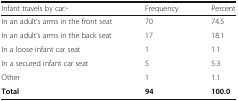
| Infant travels by car:- | Frequency | Percent |
 | --- | --- | --- |
 | In an adult’s arms in the front seat | 70 | 74.5 |
 | In an adult’s arms in the back seat | 17 | 18.1 |
 | In a loose infant car seat | 1 | 1.1 |
 | In a secured infant car seat | 5 | 5.3 |
 | Other | 1 | 1.1 |
 | Total | 94 | 100.0 |